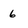
Character: 6